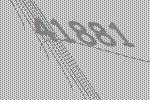
41881